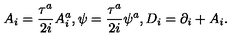
A _ { i } = \frac { \tau ^ { a } } { 2 i } A _ { i } ^ { a } , \psi = \frac { \tau ^ { a } } { 2 i } \psi ^ { a } , D _ { i } = \partial _ { i } + A _ { i } .